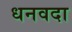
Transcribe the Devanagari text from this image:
धनवदा